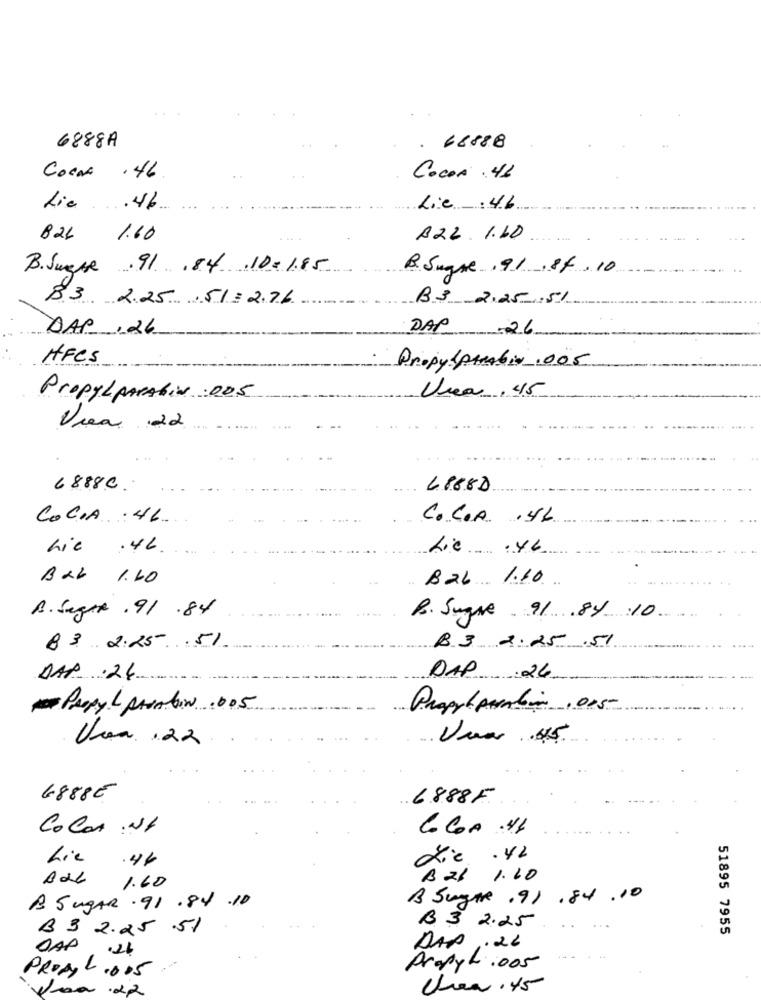
6888A
. 68888
Coca . 46
Cocos . 46
Lic .. . 46.
Lic .46
826 1.60
A22. 1.10
B. Suesse . 91 .84 .10 =1.85
R. Sugne , 91 .84.10
83 2.25 .51 = 2.76
B.3 2.25.51
DAP , 26
DAP 26
HFCS
Propylparaben .005
PropyLPARAhiv .005
Una , 45
Via 22
6888C.
48888
COCIA : 46.
C. C.A . 46
Lic .46.
Lic .46
Bab 1.60
Bab 1.10
B. Sagt .91 .84
R. Sugne 91 84 10
8 3. 2.25 .51
B.3 2.25.51
DAP .24
DAP 26
-PROPYL PARAtiN .005
....
Propréparation . 005
Usa. . 22
6888E
6888F
Color :NA
COCOA .46
die . 42
Lie .46
BIL 1.10
1.60
B Sugare .91 .84 .10
B. SugAR . 91 .84 .10
B 3 2.25 .51
B 3 2.25
51895 7955
OAP .26
DAP . 26
Propylicos
PROB.ODS
Vosa .22
Unea. 45